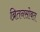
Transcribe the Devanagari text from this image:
ब्रितनसोबत